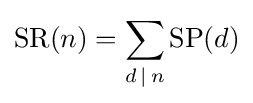
\operatorname {SR} (n)=\sum _{d\,|\,n}\operatorname {SP} (d)